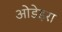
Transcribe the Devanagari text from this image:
ओडेइरा